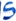
Text: S